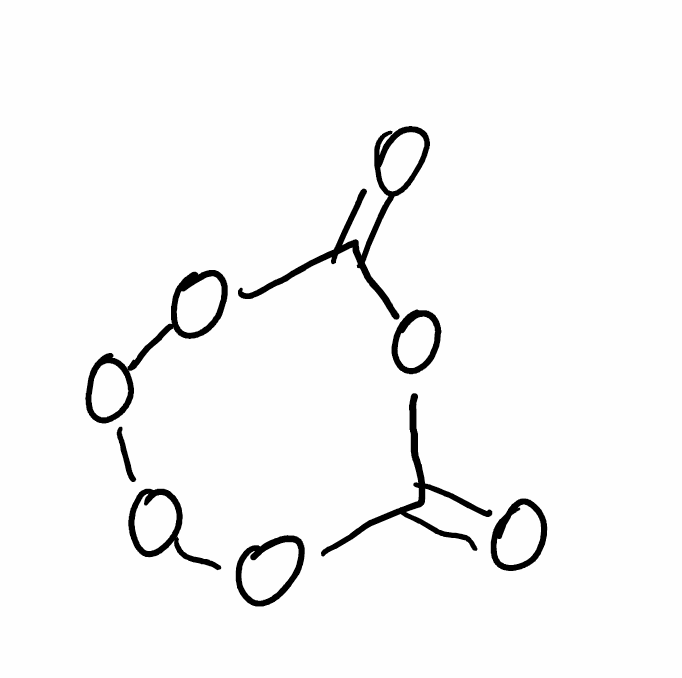
Simplified molecular-input line-entry system (SMILES) notation of the given molecule:
C1(=O)OC(=O)OOOO1